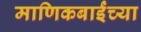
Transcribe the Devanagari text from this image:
माणिकबाईंच्या